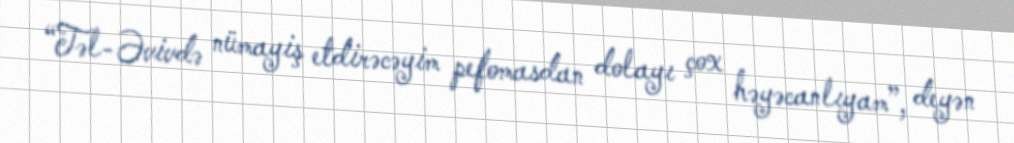
“Təl-Əvivdə nümayiş etdirəcəyim pefomasdan dolayı çox həyəcanlıyam”, deyən